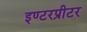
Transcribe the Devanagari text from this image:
इण्टरप्रीटर